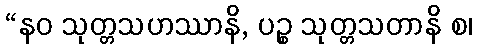
“နဝ သုတ္တသဟဿာနိ, ပဉ္စ သုတ္တသတာနိ စ၊